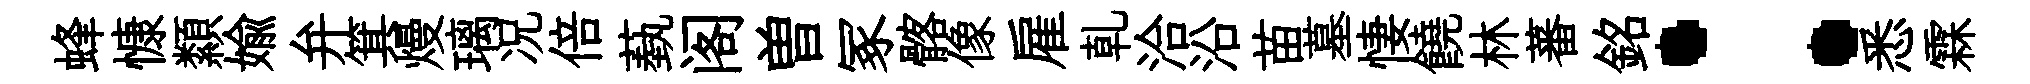
蜂慷纇媮弁箕熳璃况倍蓺阁曽冢髂像雇乹洽沿苗墓悽饒林蕃銘：悉霖